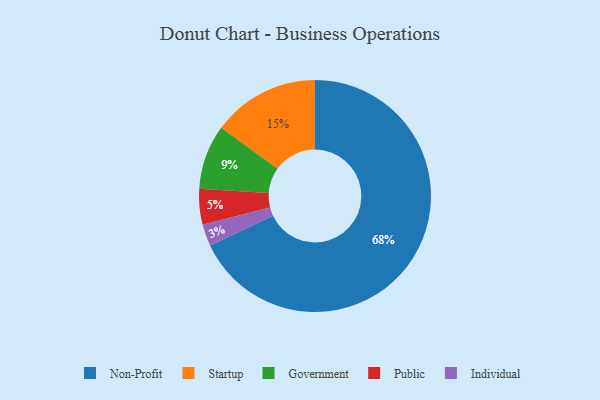
{"axis": {"x": "Category", "y": "Percentage"}, "legend": ["Government", "Individual", "Non-Profit", "Public", "Startup"], "data": [{"x": "Government", "y": 9, "type": "Government"}, {"x": "Individual", "y": 3, "type": "Individual"}, {"x": "Public", "y": 5, "type": "Public"}, {"x": "Startup", "y": 15, "type": "Startup"}, {"x": "Non-Profit", "y": 68, "type": "Non-Profit"}]}